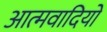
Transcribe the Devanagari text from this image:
आत्मवादियों